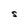
Character: S